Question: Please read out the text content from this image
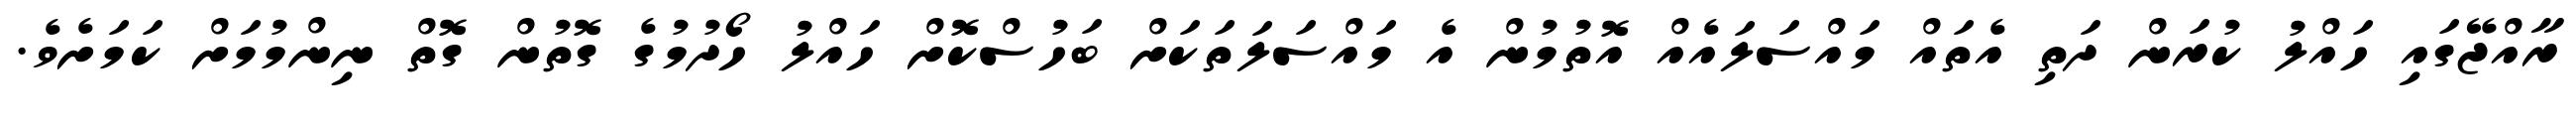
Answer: ރާއްޖޭގައި ހައްލު ކުރަން ދަތި އެތައް މައްސަލައެއް އޮތުމުން އެ މައްސަލަތަކަށް ބަހުސްކޮށް ހައްލު ހޯދުމުގެ ގޮތުން ގޮތް ނިންމުމަށް ކަމަށެވެ.